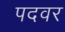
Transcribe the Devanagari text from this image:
पदवर